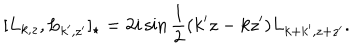
[ L _ { k , z } , L _ { k ^ { \prime } , z ^ { \prime } } ] _ { \star } = 2 i \sin \frac { 1 } { 2 } ( k ^ { \prime } z - k z ^ { \prime } ) L _ { k + k ^ { \prime } , z + z ^ { \prime } } .